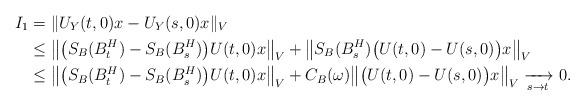
LaTeX: \begin{align*}I_1&=\|U_Y(t,0)x-U_Y(s,0)x\|_V\\&\leq\big\|\big(S_B(B^H_t)-S_B(B^H_s)\big)U(t,0)x\big\|_V+\big\|S_B(B^H_s)\big(U(t,0)-U(s,0)\big)x\big\|_V\\&\leq\big\|\big(S_B(B^H_t)-S_B(B^H_s)\big)U(t,0)x\big\|_V +C_B(\omega)\big\|\big(U(t,0)-U(s,0)\big)x\big\|_V\xrightarrow[s \to t]{} 0.\end{align*}